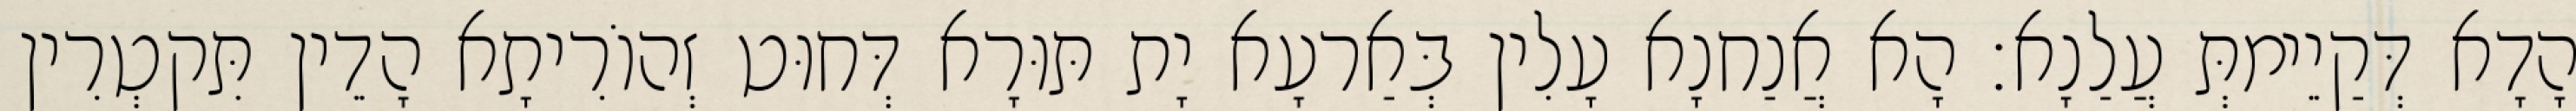
הָדָא דְּקַיֵימתְּ עֲלַנָא׃ הָא אֲנַחנָא עָלִין בְּאַרעָא יָת תּוּרָא דְּחוּט זְהוֹרִיתָא הָדֵין תִּקטְרִין